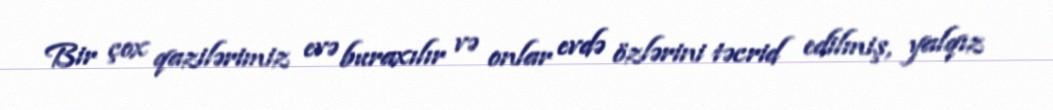
Bir çox qazilərimiz evə buraxılır və onlar evdə özlərini təcrid edilmiş, yalqız